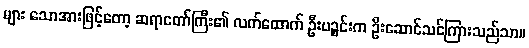
များ သောအားဖြင့်တော့ ဆရာတော်ကြီး၏ လက်ထောက် ဦးပဉ္စင်းက ဦးဆောင်သင်ကြားသည်သာ။